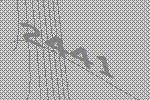
2441